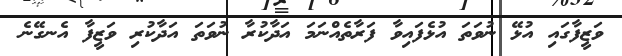
ވަޒީފާގައި އުޅޭ ނުވަތަ އުޅެފައިވާ ފަރާތެއްނަމަ އަދާކުރާ ނުވަތަ އަދާކުރި ވަޒީފާ އެނގޭނެ